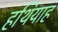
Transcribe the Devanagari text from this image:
हथियाह